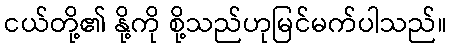
ငယ်တို့၏ နို့ကို စို့သည်ဟုမြင်မက်ပါသည်။